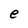
Character: e